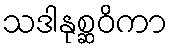
သဒါနုစ္ဆဝိကာ